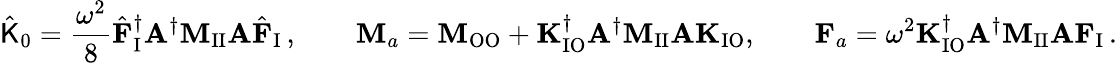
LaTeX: \hat{\mathsf{K}}_{0}=\frac{\omega^{2}}{8}\hat{\mathbf{F}}_{\mathrm{I}}^{\dagger}\mathbf{A}^{\dagger}\mathbf{M}_{\mathrm{II}}\mathbf{A}\hat{\mathbf{F}}_{\mathrm{I}}\, ,\qquad\mathbf{M}_{a}=\mathbf{M}_{\mathrm{OO}}+\mathbf{K}_{\mathrm{IO}}^{\dagger}\mathbf{A}^{\dagger}\mathbf{M}_{\mathrm{II}}\mathbf{A}\mathbf{K}_{\mathrm{IO}},\qquad\mathbf{F}_{a}=\omega^{2}\mathbf{K}_{\mathrm{IO}}^{\dagger}\mathbf{A}^{\dagger}\mathbf{M}_{\mathrm{II}}\mathbf{A}\mathbf{F}_{\mathrm{I}}\, .